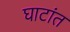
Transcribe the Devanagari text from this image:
घाटांत